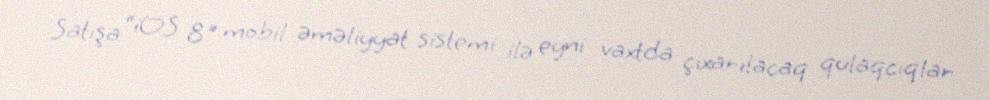
Satışa “iOS 8" mobil əməliyyat sistemi ilə eyni vaxtda çıxarılacaq qulaqcıqlar